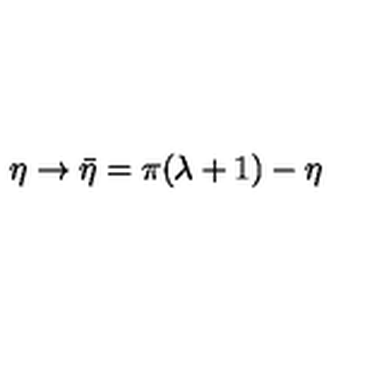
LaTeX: \eta \rightarrow \bar { \eta } = \pi ( \lambda + 1 ) - \eta